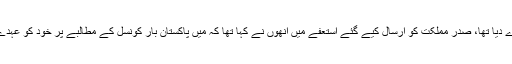
خیال رہے کہ گزشتہ روز اٹارنی جنرل آف پاکستان انور منصور خان نے اپن منصب سے استعفیٰ دے دیا تھا، صدر مملکت کو ارسال کیے گئے استعفے میں انھوں نے کہا تھا کہ میں پاکستان بار کونسل کے مطالبے پر خود کو عہدے سے الگ کر رہا ہوں، گزشتہ ڈیڑھ سال تمام صلاحیتوں کو بروئے کار لا کر ذمہ داریوں کو نبھایا۔